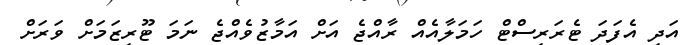
އަދި އެފަދަ ޓެރަރިސްޓް ހަމަލާއެއް ރާއްޖެ އަށް އަމާޒުވެއްޖެ ނަމަ ޓޫރިޒަމަށް ވަރަށް